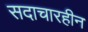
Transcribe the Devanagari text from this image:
सदाचारहीन